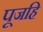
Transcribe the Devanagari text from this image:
पूजहि